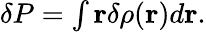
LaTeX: \begin{array}{r}{{\mathbf\delta P}=\int\mathbf r\delta\rho(\mathbf r)d\mathbf r.}\end{array}